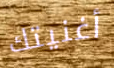
أغنيتك